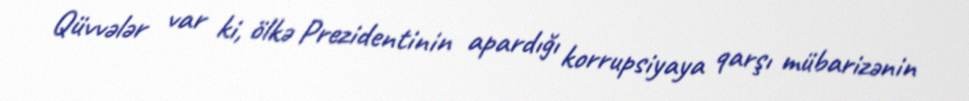
Qüvvələr var ki, ölkə Prezidentinin apardığı korrupsiyaya qarşı mübarizənin